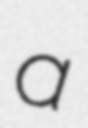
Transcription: a